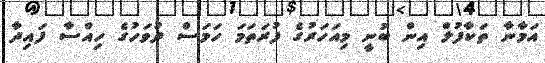
އަމާނާ ތަކާފުލް އިން ބުނީ މިއަހަރުގެ ފުރަތަމަ ހަމަސް ދުވަހުގެ ހިއްސާ ފައިދާ